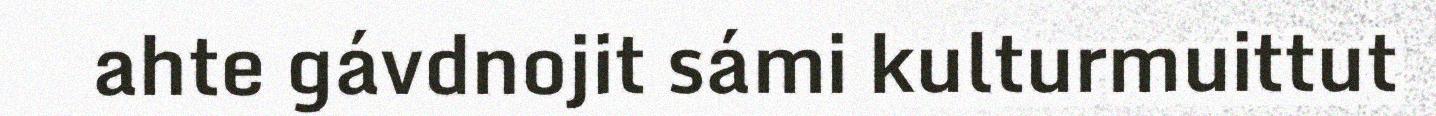
ahte gávdnojit sámi kulturmuittut